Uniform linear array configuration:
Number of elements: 16
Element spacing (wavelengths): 0.5
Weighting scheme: hamming
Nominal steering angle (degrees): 45
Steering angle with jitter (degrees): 46.507
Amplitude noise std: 0.05
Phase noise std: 0.05

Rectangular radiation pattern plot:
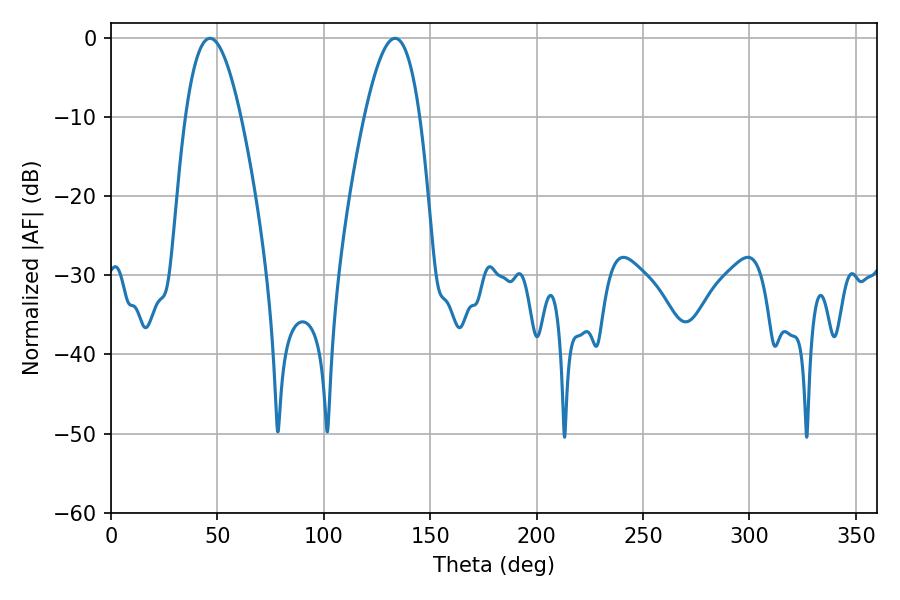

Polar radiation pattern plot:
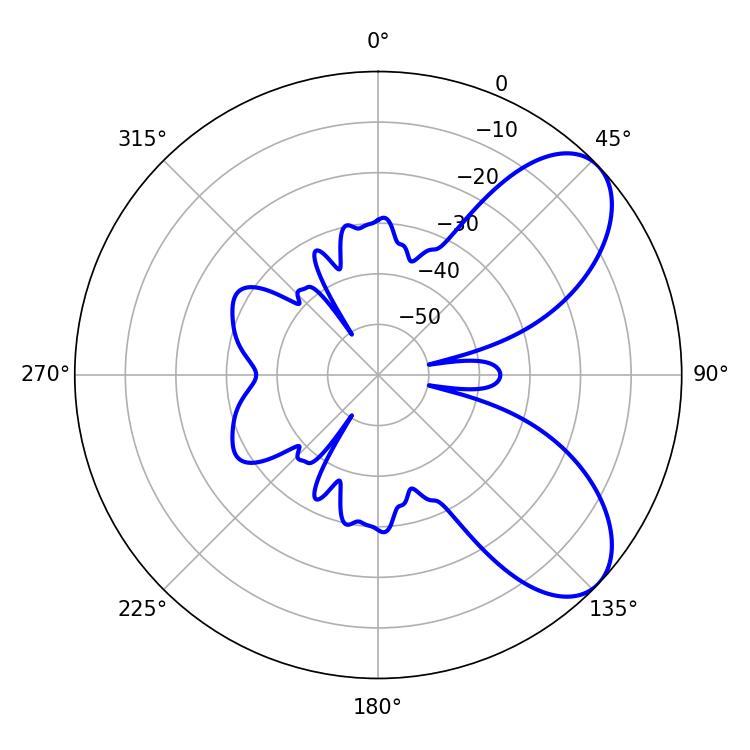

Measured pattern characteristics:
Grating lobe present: FALSE
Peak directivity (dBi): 7.1
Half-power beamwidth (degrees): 14.04
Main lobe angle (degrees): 46.44